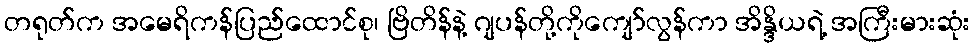
တရုတ်က အမေရိကန်ပြည်ထောင်စု၊ ဗြိတိန်နဲ့ ဂျပန်တို့ကိုကျော်လွန်ကာ အိန္ဒိယရဲ့ အကြီးမားဆုံး